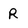
Character: R